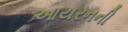
આયરનની